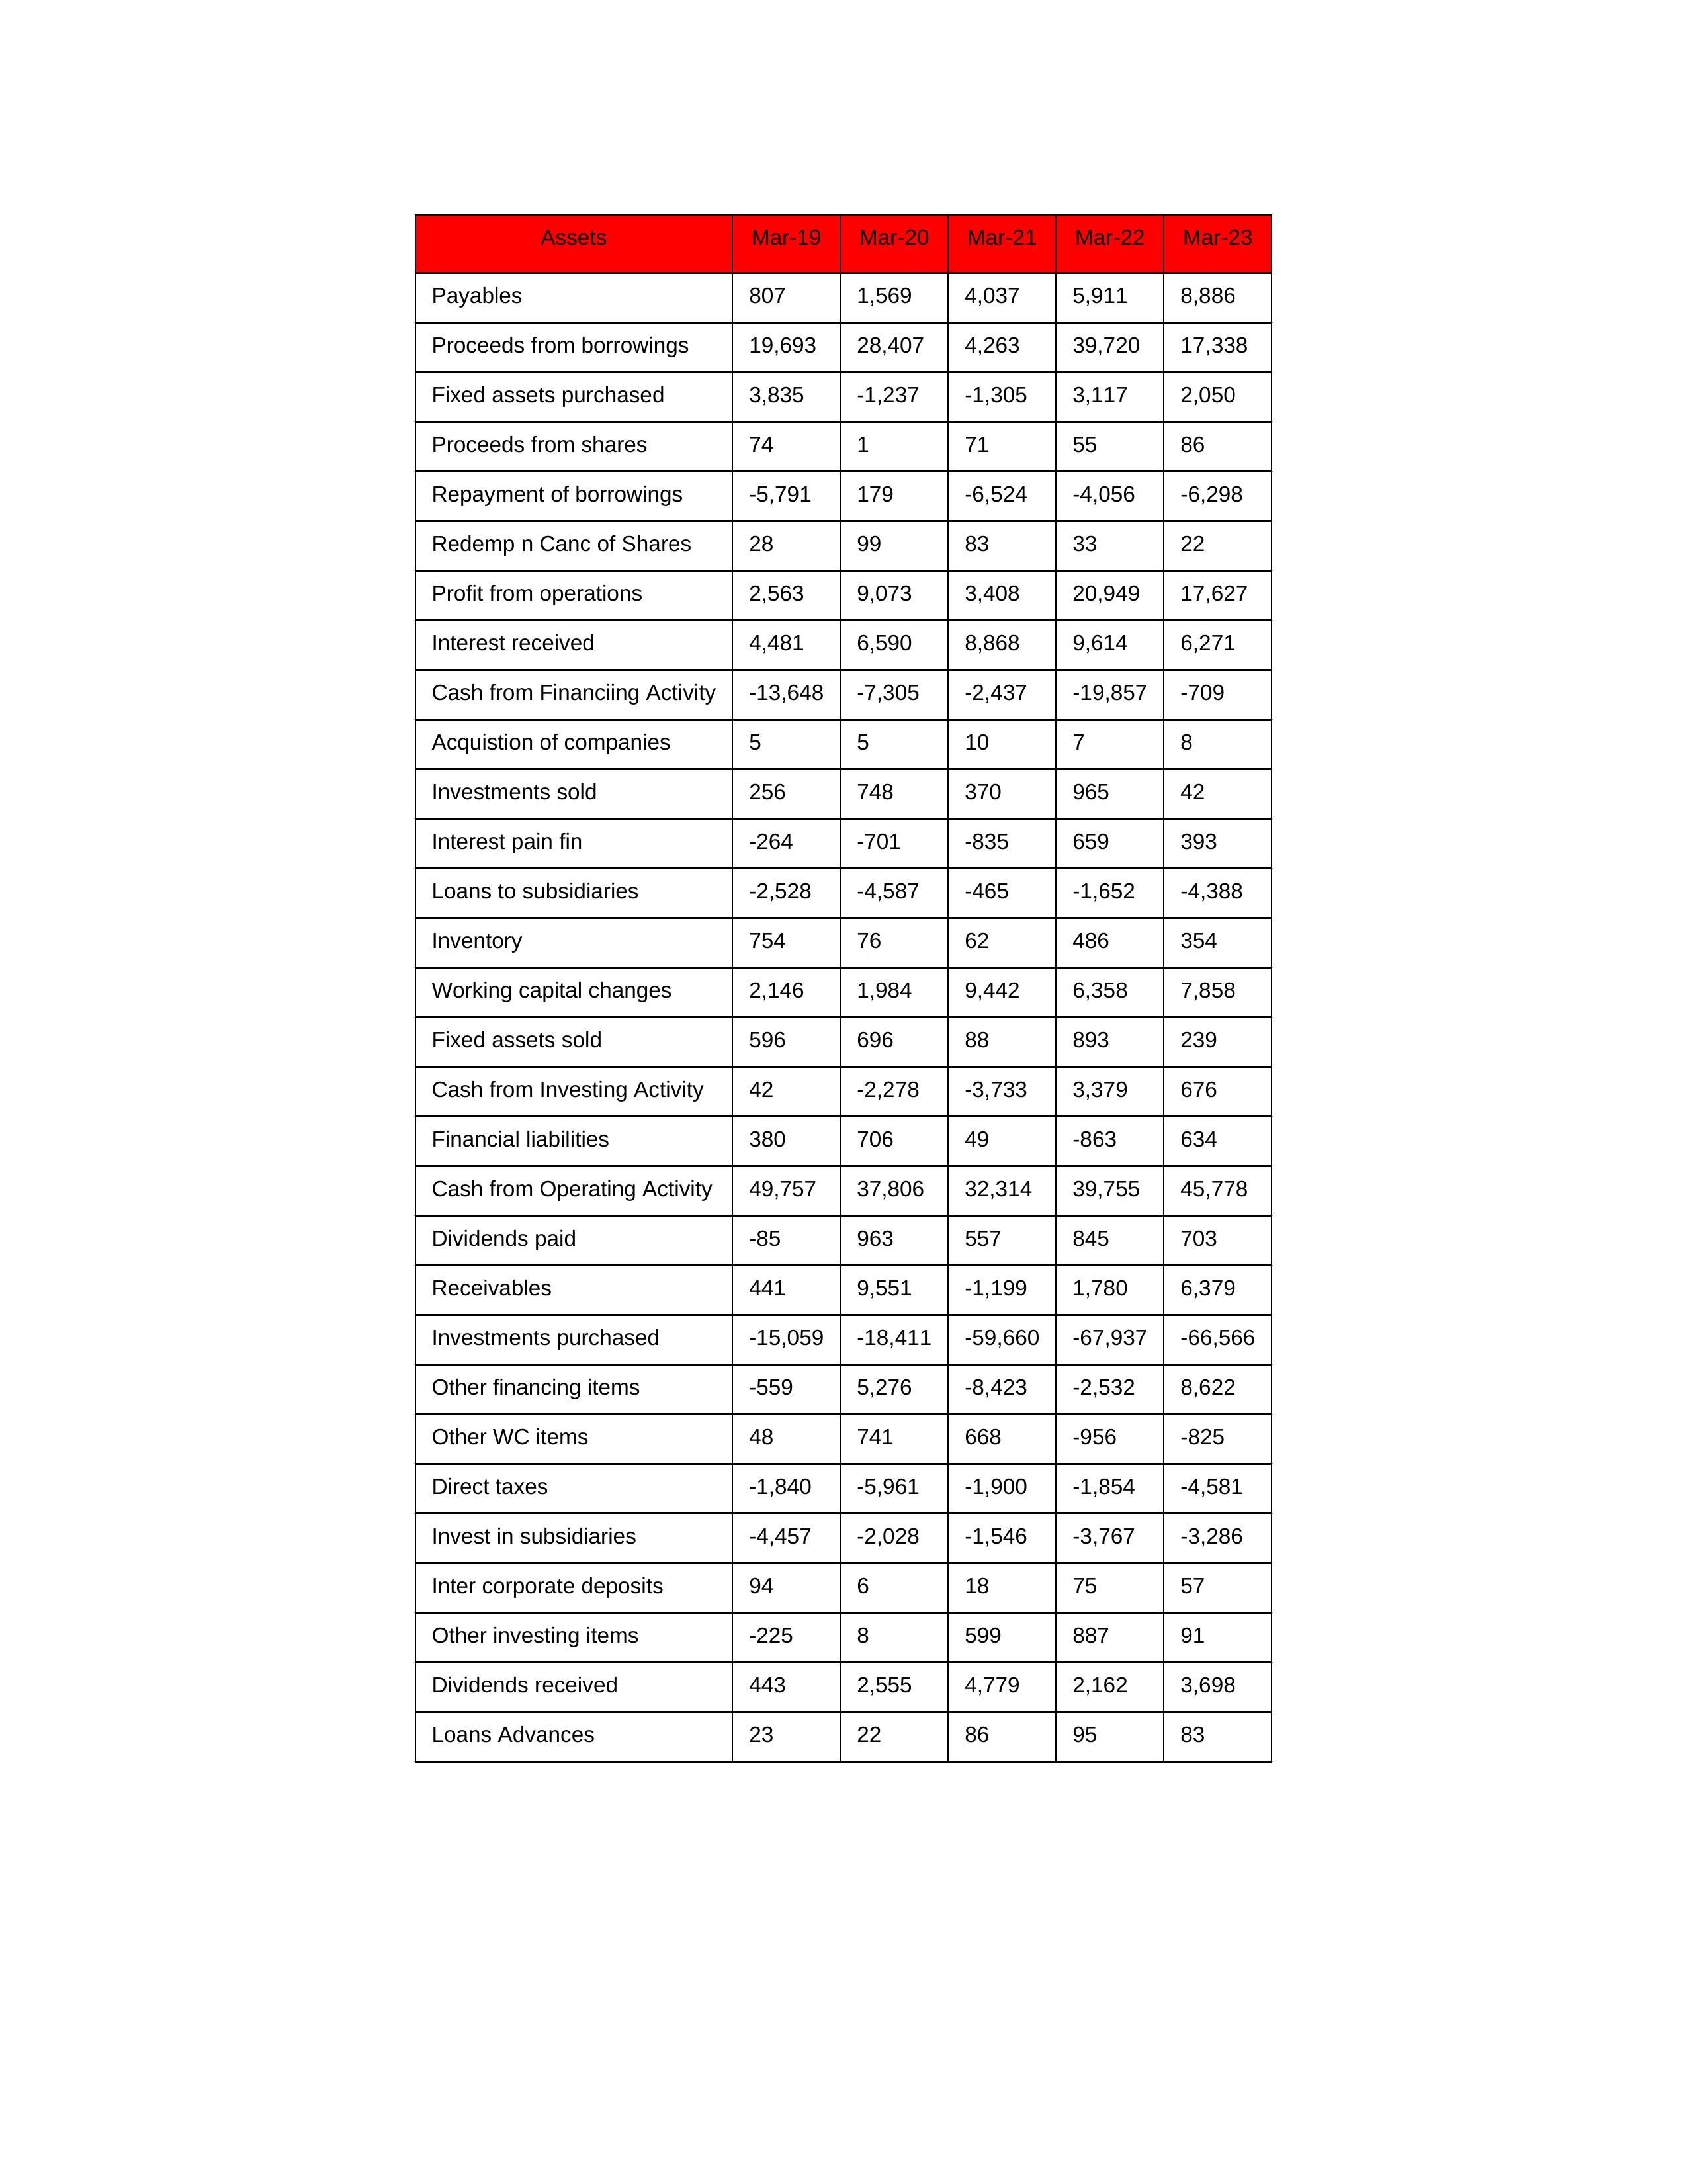
gt_parse: Mar-19: Cash from Operating Activity: 49,757
Profit from operations: 2,563
Receivables: 441
Inventory: 754
Payables: 807
Loans Advances: 23
Other WC items: 48
Working capital changes: 2,146
Direct taxes: -1,840
Cash from Investing Activity: 42
Fixed assets purchased: 3,835
Fixed assets sold: 596
Investments purchased: -15,059
Investments sold: 256
Interest received: 4,481
Dividends received: 443
Invest in subsidiaries: -4,457
Loans to subsidiaries: -2,528
Redemp n Canc of Shares: 28
Acquistion of companies: 5
Inter corporate deposits: 94
Other investing items: -225
Cash from Financiing Activity: -13,648
Proceeds from shares: 74
Proceeds from borrowings: 19,693
Repayment of borrowings: -5,791
Interest pain fin: -264
Dividends paid: -85
Financial liabilities: 380
Other financing items: -559
Mar-20: Cash from Operating Activity: 37,806
Profit from operations: 9,073
Receivables: 9,551
Inventory: 76
Payables: 1,569
Loans Advances: 22
Other WC items: 741
Working capital changes: 1,984
Direct taxes: -5,961
Cash from Investing Activity: -2,278
Fixed assets purchased: -1,237
Fixed assets sold: 696
Investments purchased: -18,411
Investments sold: 748
Interest received: 6,590
Dividends received: 2,555
Invest in subsidiaries: -2,028
Loans to subsidiaries: -4,587
Redemp n Canc of Shares: 99
Acquistion of companies: 5
Inter corporate deposits: 6
Other investing items: 8
Cash from Financiing Activity: -7,305
Proceeds from shares: 1
Proceeds from borrowings: 28,407
Repayment of borrowings: 179
Interest pain fin: -701
Dividends paid: 963
Financial liabilities: 706
Other financing items: 5,276
Mar-21: Cash from Operating Activity: 32,314
Profit from operations: 3,408
Receivables: -1,199
Inventory: 62
Payables: 4,037
Loans Advances: 86
Other WC items: 668
Working capital changes: 9,442
Direct taxes: -1,900
Cash from Investing Activity: -3,733
Fixed assets purchased: -1,305
Fixed assets sold: 88
Investments purchased: -59,660
Investments sold: 370
Interest received: 8,868
Dividends received: 4,779
Invest in subsidiaries: -1,546
Loans to subsidiaries: -465
Redemp n Canc of Shares: 83
Acquistion of companies: 10
Inter corporate deposits: 18
Other investing items: 599
Cash from Financiing Activity: -2,437
Proceeds from shares: 71
Proceeds from borrowings: 4,263
Repayment of borrowings: -6,524
Interest pain fin: -835
Dividends paid: 557
Financial liabilities: 49
Other financing items: -8,423
Mar-22: Cash from Operating Activity: 39,755
Profit from operations: 20,949
Receivables: 1,780
Inventory: 486
Payables: 5,911
Loans Advances: 95
Other WC items: -956
Working capital changes: 6,358
Direct taxes: -1,854
Cash from Investing Activity: 3,379
Fixed assets purchased: 3,117
Fixed assets sold: 893
Investments purchased: -67,937
Investments sold: 965
Interest received: 9,614
Dividends received: 2,162
Invest in subsidiaries: -3,767
Loans to subsidiaries: -1,652
Redemp n Canc of Shares: 33
Acquistion of companies: 7
Inter corporate deposits: 75
Other investing items: 887
Cash from Financiing Activity: -19,857
Proceeds from shares: 55
Proceeds from borrowings: 39,720
Repayment of borrowings: -4,056
Interest pain fin: 659
Dividends paid: 845
Financial liabilities: -863
Other financing items: -2,532
Mar-23: Cash from Operating Activity: 45,778
Profit from operations: 17,627
Receivables: 6,379
Inventory: 354
Payables: 8,886
Loans Advances: 83
Other WC items: -825
Working capital changes: 7,858
Direct taxes: -4,581
Cash from Investing Activity: 676
Fixed assets purchased: 2,050
Fixed assets sold: 239
Investments purchased: -66,566
Investments sold: 42
Interest received: 6,271
Dividends received: 3,698
Invest in subsidiaries: -3,286
Loans to subsidiaries: -4,388
Redemp n Canc of Shares: 22
Acquistion of companies: 8
Inter corporate deposits: 57
Other investing items: 91
Cash from Financiing Activity: -709
Proceeds from shares: 86
Proceeds from borrowings: 17,338
Repayment of borrowings: -6,298
Interest pain fin: 393
Dividends paid: 703
Financial liabilities: 634
Other financing items: 8,622